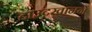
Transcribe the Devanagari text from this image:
दाउदखानने